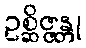
ဥစ္ဆိဇ္ဇန္တု